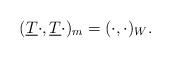
LaTeX: \begin{align*}(\underline{T}\cdot,\underline{T}\cdot)_{m}=(\cdot,\cdot)_W. \end{align*}